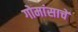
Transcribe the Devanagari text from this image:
गोमांसाचे